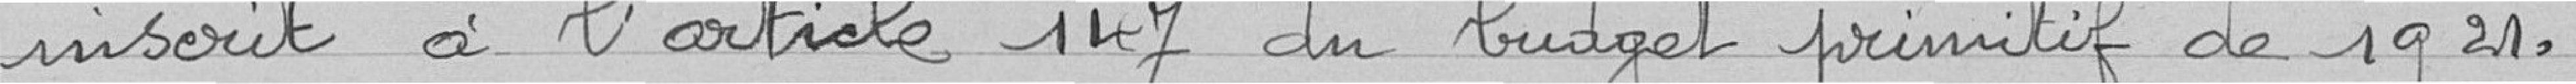
inscrit à l'article 147 du budget primitif de 1921.